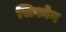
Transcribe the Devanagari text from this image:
सिफोन